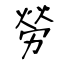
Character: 勞